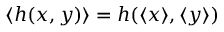
\langle h ( x , y ) \rangle = h ( \langle x \rangle , \langle y \rangle )